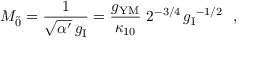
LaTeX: M _ { \tilde { 0 } } = \frac { 1 } { \sqrt { \alpha ^ { \prime } } \, g _ { \mathrm { I } } } = \frac { g _ { \mathrm { Y M } } } { \kappa _ { 1 0 } } ~ { 2 ^ { - 3 / 4 } \, { g _ { \mathrm { I } } } ^ { - 1 / 2 } } ~ ~ ,